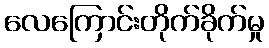
လေကြောင်းတိုက်ခိုက်မှု